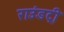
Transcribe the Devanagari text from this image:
राउंडट्री